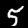
Digit: 5